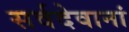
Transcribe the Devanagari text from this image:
सर्वदेवानां